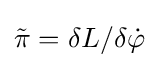
{\tilde {\pi }}=\delta L/\delta {\dot {\varphi }}